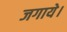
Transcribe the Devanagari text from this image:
जगाये।